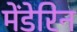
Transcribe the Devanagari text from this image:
मेंडेरिन